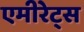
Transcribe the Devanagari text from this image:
एमीरेट्स